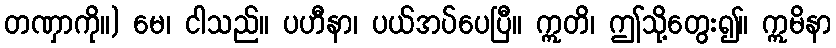
တဏှာကို။) မေ၊ ငါသည်။ ပဟီနာ၊ ပယ်အပ်ပေပြီ။ ဣတိ၊ ဤသို့တွေး၍။ ဣမိနာ